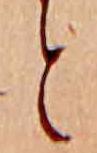
と